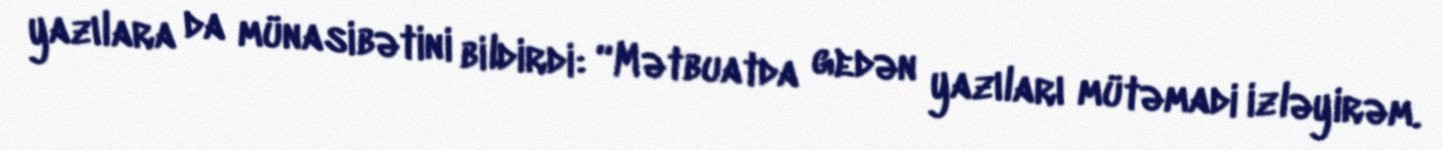
yazılara da münasibətini bildirdi: “Mətbuatda gedən yazıları mütəmadi izləyirəm.